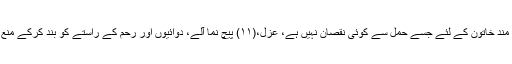
س1250 : کيا ايسى صحت مند خاتون کے لئے جسے حمل سے کوئى نقصان نہيں ہے، عزل،(١١) پيچ نما آلے، دوائيوں اور رحم کے راستے کو بند کرکے منع حمل کرنا جائز ہے يانہيں ؟